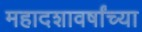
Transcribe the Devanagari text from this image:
महादशावर्षांच्या